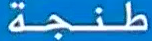
طنجة